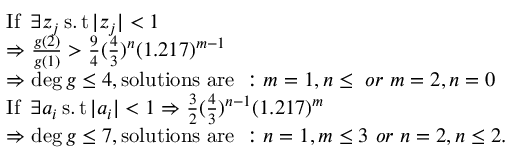
\begin{array} { r l } & { \operatorname { I f \ } \exists z _ { j } \operatorname { s . t } | z _ { j } | < 1 } \\ & { \Rightarrow \frac { g ( 2 ) } { g ( 1 ) } > \frac { 9 } { 4 } ( \frac { 4 } { 3 } ) ^ { n } ( 1 . 2 1 7 ) ^ { m - 1 } } \\ & { \Rightarrow \deg g \leq 4 , \operatorname { s o l u t i o n s \ a r e \ } : m = 1 , n \leq \ o r \ m = 2 , n = 0 } \\ & { \operatorname { I f \ } \exists a _ { i } \operatorname { s . t } | a _ { i } | < 1 \Rightarrow \frac { 3 } { 2 } ( \frac { 4 } { 3 } ) ^ { n - 1 } ( 1 . 2 1 7 ) ^ { m } } \\ & { \Rightarrow \deg g \leq 7 , \operatorname { s o l u t i o n s \ a r e \ } : n = 1 , m \leq 3 \ o r \ n = 2 , n \leq 2 . } \end{array}